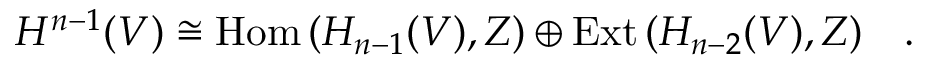
H ^ { n - 1 } ( V ) \cong \mathrm { H o m } \, ( H _ { n - 1 } ( V ) , Z ) \oplus \mathrm { E x t } \, ( H _ { n - 2 } ( V ) , Z ) \quad .